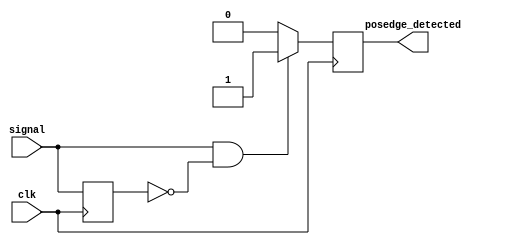
module posedge_detector (
    input wire clk,                // Clock input
    input wire signal,             // Input signal to detect rising edge
    output reg posedge_detected     // Output pulse for rising edge detection
);

    reg previous_state;            // Register to store the previous state of the input signal

    // Sequential logic to detect rising edge
    always @(posedge clk) begin
        // Generate output pulse for one clock cycle on rising edge detection
        if (signal == 1'b1 && previous_state == 1'b0) begin
            posedge_detected <= 1'b1; // Rising edge detected
        end else begin
            posedge_detected <= 1'b0; // No edge detected, reset output
        end
        
        // Update the previous state for the next clock cycle
        previous_state <= signal; 
    end

endmodule